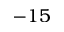
- 1 5